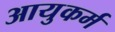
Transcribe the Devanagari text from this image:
आयुकर्म